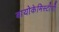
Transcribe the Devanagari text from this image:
बायोकेमिस्टीची